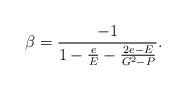
LaTeX: \begin{align*}\beta=\frac{-1}{1-\frac{e}{E}-\frac{2e-E}{G^2-P}}.\end{align*}